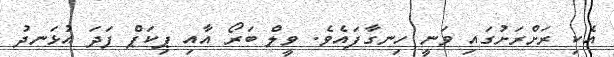
އެކި ރަށްރަށުގައި ވަނީ ހިނގާފައެވެ. ވީލް ބަރޯ އާއި ޕިކަޕް ފަދަ އުޅަނދު